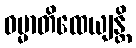
ဓမ္မာတိထေယျန္တိ